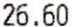
26.60